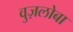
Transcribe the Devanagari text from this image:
वुज़लोबा